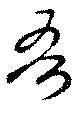
吾